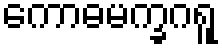
ကောဓမက္ခဂရူ